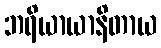
ဘရိယာယာနိတာယ